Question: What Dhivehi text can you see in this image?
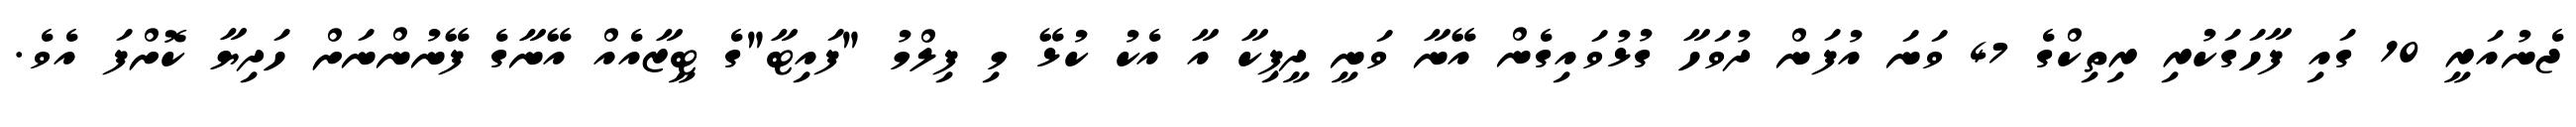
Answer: ޖެނުއަރީ 10 ގައި ފާހަގަކުރި ރިތިކްގެ 47 ވަނަ އުފަން ދުވަހާ ގުޅުވައިގެން އޭނާ ވަނީ ދީޕިކާ އާ އެކު ކުޅޭ މި ފިލްމު "ފައިޓާ"ގެ ޓީޒާއެއް އޭނާގެ ފޭނުންނަށް ހަދިޔާ ކޮށްފަ އެވެ.